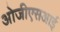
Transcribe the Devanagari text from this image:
ओजीएसआई